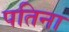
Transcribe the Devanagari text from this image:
पतिना